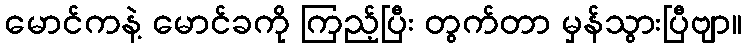
မောင်ကနဲ့ မောင်ခကို ကြည့်ပြီး တွက်တာ မှန်သွားပြီဗျာ။